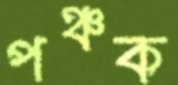
পঞ্চক